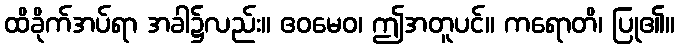
ထိခိုက်အပ်ရာ အခါ၌လည်း။ ဧဝမေဝ၊ ဤအတူပင်။ ကရောတိ၊ ပြု၏။